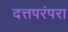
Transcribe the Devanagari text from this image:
दत्तपरंपरा